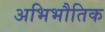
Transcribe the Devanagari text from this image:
अभिभौतिक